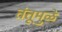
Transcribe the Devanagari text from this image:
तंतूमुळे